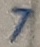
Text: 7